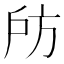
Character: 𢨲